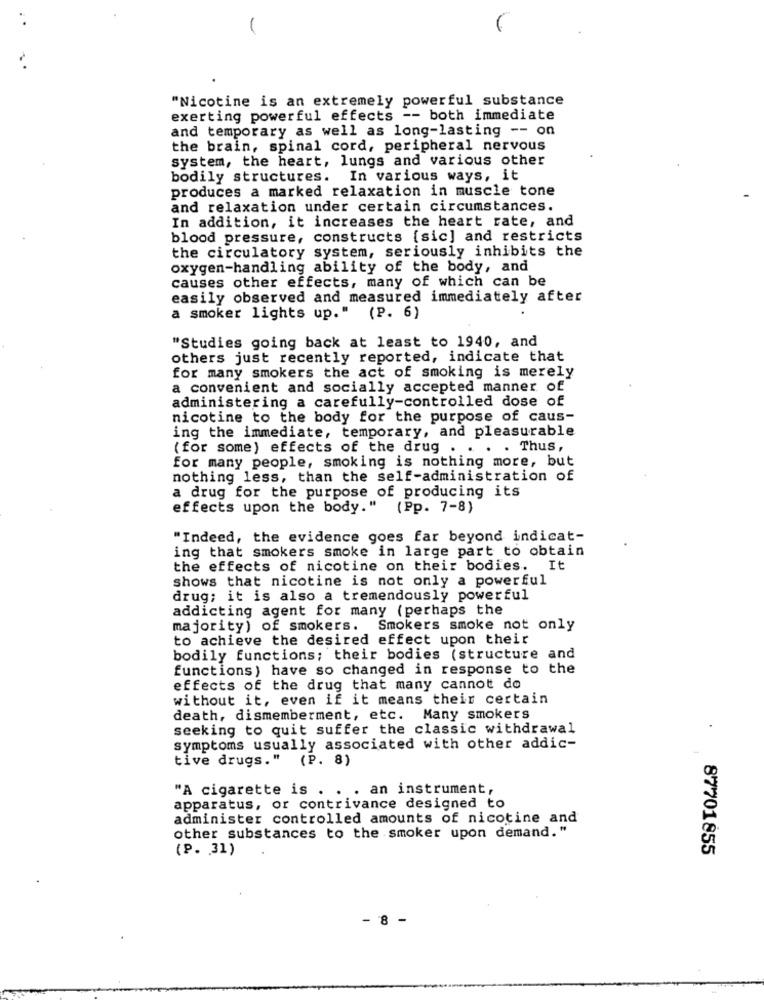
"Nicotine is an extremely powerful substance
exerting powerful effects -- both immediate
and temporary as well as long-lasting -- on
the brain, spinal cord, peripheral nervous
system, the heart, lungs and various other
bodily structures. In various ways, it
produces a marked relaxation in muscle tone
and relaxation under certain circumstances.
In addition, it increases the heart rate, and
blood pressure, constructs [sic] and restricts
the circulatory system, seriously inhibits the
oxygen-handling ability of the body, and
causes other effects, many of which can be
easily observed and measured immediately after
a smoker lights up." (P. 6)
"Studies going back at least to 1940, and
others just recently reported, indicate that
for many smokers the act of smoking is merely
a convenient and socially accepted manner of
administering a carefully-controlled dose of
nicotine to the body for the purpose of caus-
ing the immediate, temporary, and pleasurable
(for some) effects of the drug . . . . Thus,
for many people, smoking is nothing more, but
nothing less, than the self-administration of
a drug for the purpose of producing its
effects upon the body."
(Pp. 7-8)
"Indeed, the evidence goes far beyond indicat-
ing that smokers smoke in large part to obtain
the effects of nicotine on their bodies. I
shows that nicotine is not only a powerful
drug; it is also a tremendously powerful
addicting agent for many (perhaps the
majority) of smokers. Smokers smoke not only
to achieve the desired effect upon their
bodily functions; their bodies (structure and
functions) have so changed in response to the
effects of the drug that many cannot do
without it, even if it means their certain
death, dismemberment, etc. Many smokers
seeking to quit suffer the classic withdrawal
symptoms usually associated with other addic-
tive drugs." (P. 8)
"A cigarette is . . . an instrument,
apparatus, or contrivance designed to
administer controlled amounts of nicotine and
other substances to the smoker upon demand."
(P. 31)
87701855
8